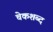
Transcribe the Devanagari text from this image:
चेकशब्द